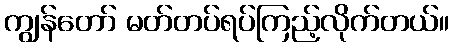
ကျွန်တော် မတ်တပ်ရပ်ကြည့်လိုက်တယ်။